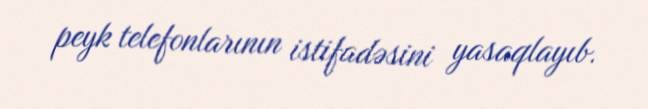
peyk telefonlarının istifadəsini yasaqlayıb.